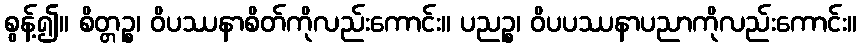
စွန့်၍။ စိတ္တဉ္စ၊ ဝိပဿနာစိတ်ကိုလည်းကောင်း။ ပညဉ္စ၊ ဝိပပဿနာပညာကိုလည်းကောင်း။